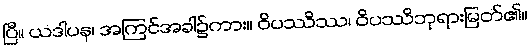
ပြီ။ ယဒါပန၊ အကြင်အခါ၌ကား။ ဝိပဿိဿ၊ ဝိပဿိဘုရားမြတ်၏။